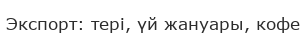
Экспорт: тері, үй жануары, кофе